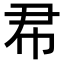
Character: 𢁨